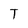
Character: T